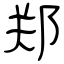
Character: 郑